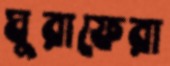
ঘুরাফেরা